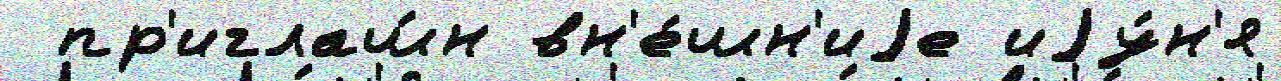
 пр'иглаш́н вн'е́шн'иjе иjу́н'я